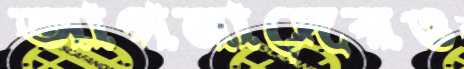
আপনাদেরও